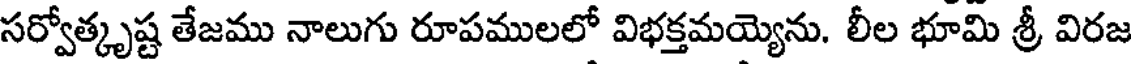
సర్వోత్కృష్ట తేజము నాలుగు రూపములలో విభక్తమయ్యెను. లీల భూమి శ్రీ విరజ